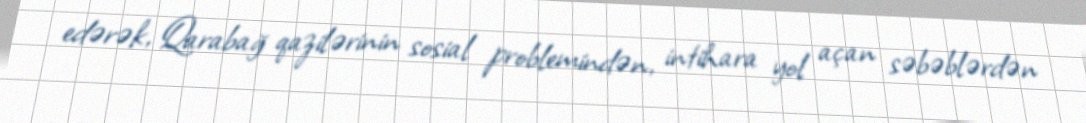
edərək, Qarabağ qazilərinin sosial problemindən, intihara yol açan səbəblərdən